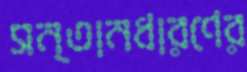
সন্তানধারণের